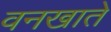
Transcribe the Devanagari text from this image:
वनखाते